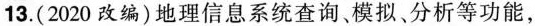
13. (2020改编) 地理信息系统查询、模拟、分析等功能，